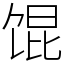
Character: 馄